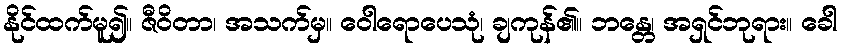
နိုင်ထက်မူ၍။ ဇီဝိတာ၊ အသက်မှ။ ဝေါရောပေသုံ၊ ချကုန်၏။ ဘန္တေ၊ အရှင်ဘုရား။ ခေါ